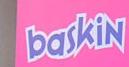
baskin